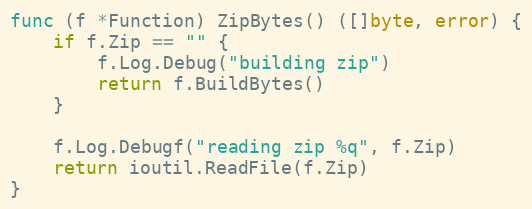
Language: Go
func (f *Function) ZipBytes() ([]byte, error) {
	if f.Zip == "" {
		f.Log.Debug("building zip")
		return f.BuildBytes()
	}

	f.Log.Debugf("reading zip %q", f.Zip)
	return ioutil.ReadFile(f.Zip)
}